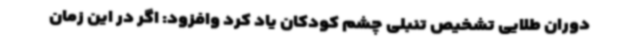
دوران طلایی تشخیص تنبلی چشم کودکان یاد کرد وافزود: اگر در این زمان